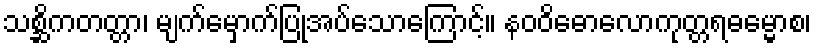
သစ္ဆိကတတ္တာ၊ မျက်မှောက်ပြုအပ်သောကြောင့်။ နဝဝိဓောလောကုတ္တရဓမ္မောစ၊